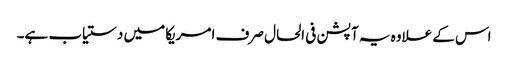
اس کے علاوہ یہ آپشن فی الحال صرف امریکا میں دستیاب ہے۔